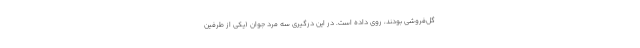
گل‌فروشی بودند، روی داده است. در این درگیری سه مرد جوان (یکی از طرفین